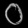
Digit: ၀